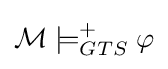
{\mathcal {M}}\models _{GTS}^{+}\varphi